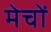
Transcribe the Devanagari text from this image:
मेचों